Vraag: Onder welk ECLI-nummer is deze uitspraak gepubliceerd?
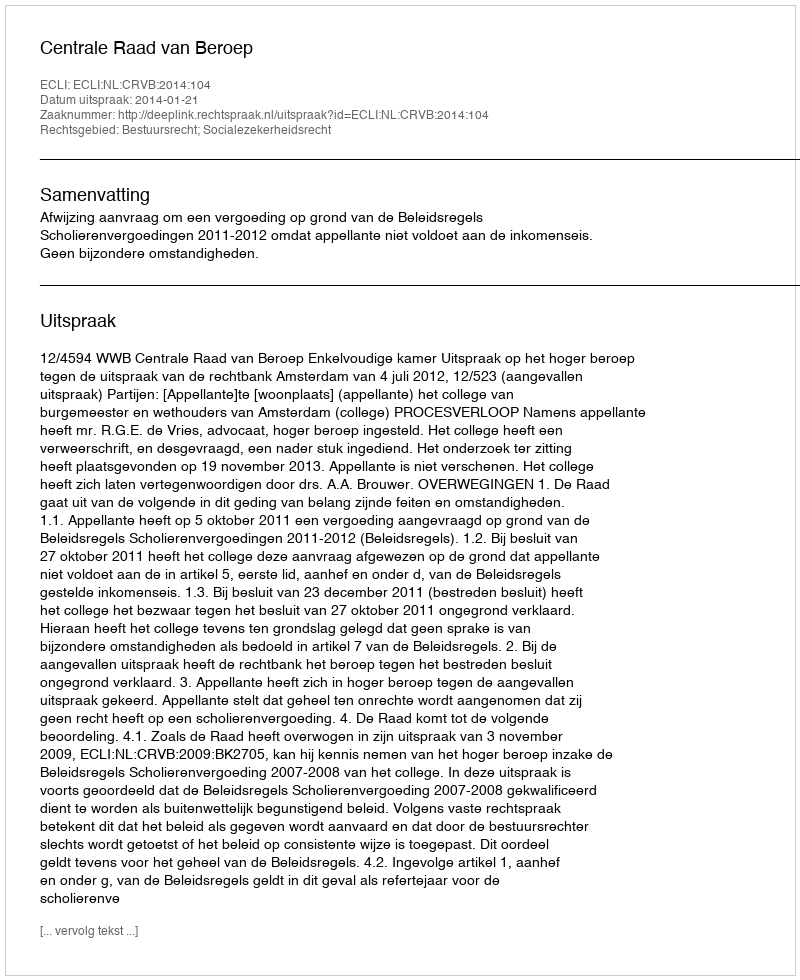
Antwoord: ECLI:NL:CRVB:2014:104